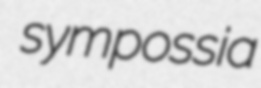
sympossia